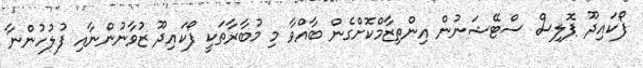
ފޯކައިދޫ ޕޮލިސް ސްޓޭޝަނުން އިންތިޒާމްކޮށްގެން ބާއްވާ މި މުބާރާތަކީ ފޯކައިދޫ ޒުވާނުންނާއި ފުލުހުންނާ